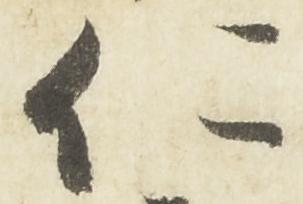
仁